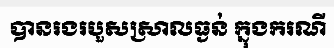
បានរងរបួសស្រាលធ្ងន់ ក្នុងករណី